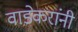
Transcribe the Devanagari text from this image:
वाडेकरांनी